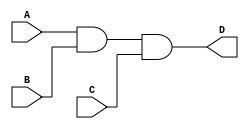
module MyAnd(A, B, C, D);

input A, B, C;
output D;
wire w1;

and AND1(w1, A, B);
and AND1(D, w1, C);

endmodule